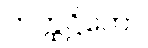
ကတ္ထဋ္ဌိတော